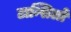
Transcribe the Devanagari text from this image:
टान्सिलों